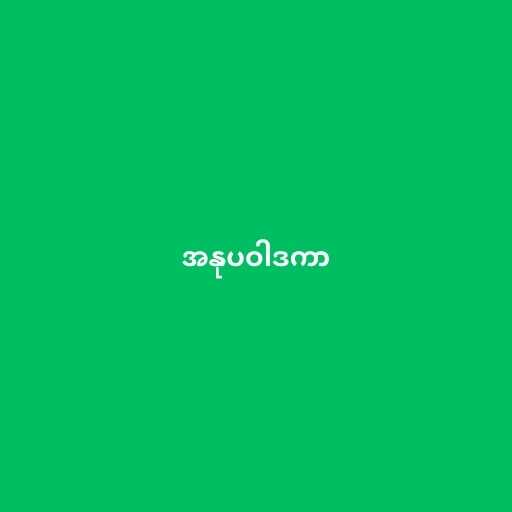
အနုပဝါဒကာ